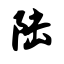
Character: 陆